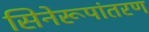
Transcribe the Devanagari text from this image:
सिनेरूपांतरण